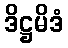
ဒိဋ္ဌမိဒံ